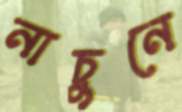
নাচুনে